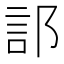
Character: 𫑟